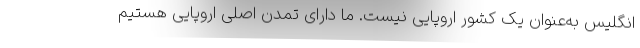
انگلیس به‌عنوان یک کشور اروپایی نیست. ما دارای تمدن اصلی اروپایی هستیم